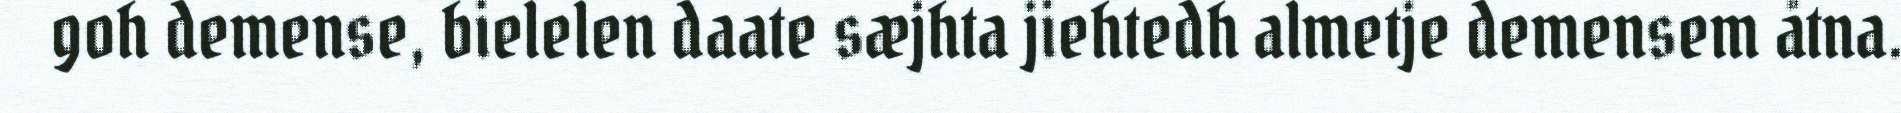
goh demense, bielelen daate sæjhta jiehtedh almetje demensem åtna.